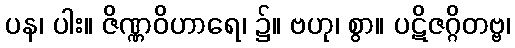
ပန၊ ပါး။ ဇိဏ္ဏဝိဟာရေ၊ ၌။ ဗဟု၊ စွာ။ ပဋိဇဂ္ဂိတဗ္ဗ၊